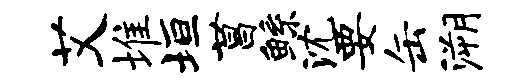
艾堆垣菖鲧沈要缶溯